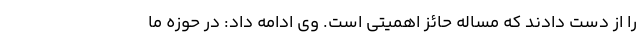
را از دست دادند که مساله حائز اهمیتی است. وی ادامه داد: در حوزه ما